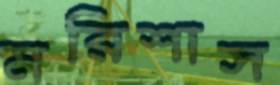
মরিশাস